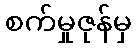
စက်မှုဇုန်မှ